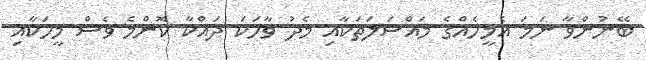
ބޭނުންވާ ނަމަ އެމީހެއްގެ މައްސަލަތަކާއި މެދު ވާހަކަ ދައްކާ ކޮންމެ ވެސް މީހަކާއި